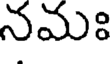
నమః